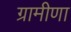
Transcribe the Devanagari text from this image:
ग्रामीणा